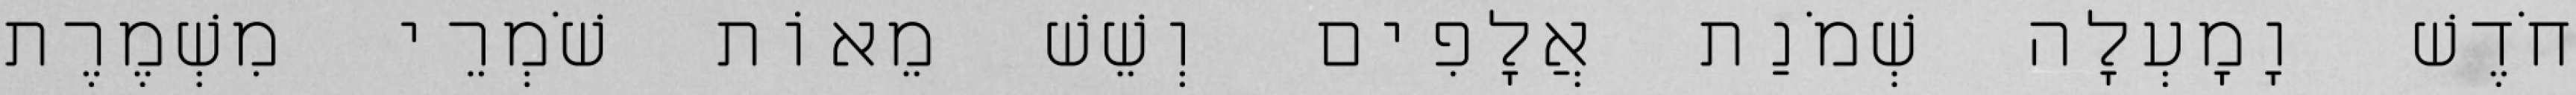
חֹדֶשׁ וָמָעְלָה שְׁמֹנַת אֲלָפִים וְשֵׁשׁ מֵאוֹת שֹׁמְרֵי מִשְׁמֶרֶת